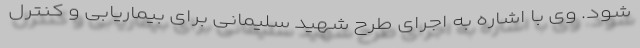
شود. وی با اشاره به اجرای طرح شهید سلیمانی برای بیماریابی و کنترل